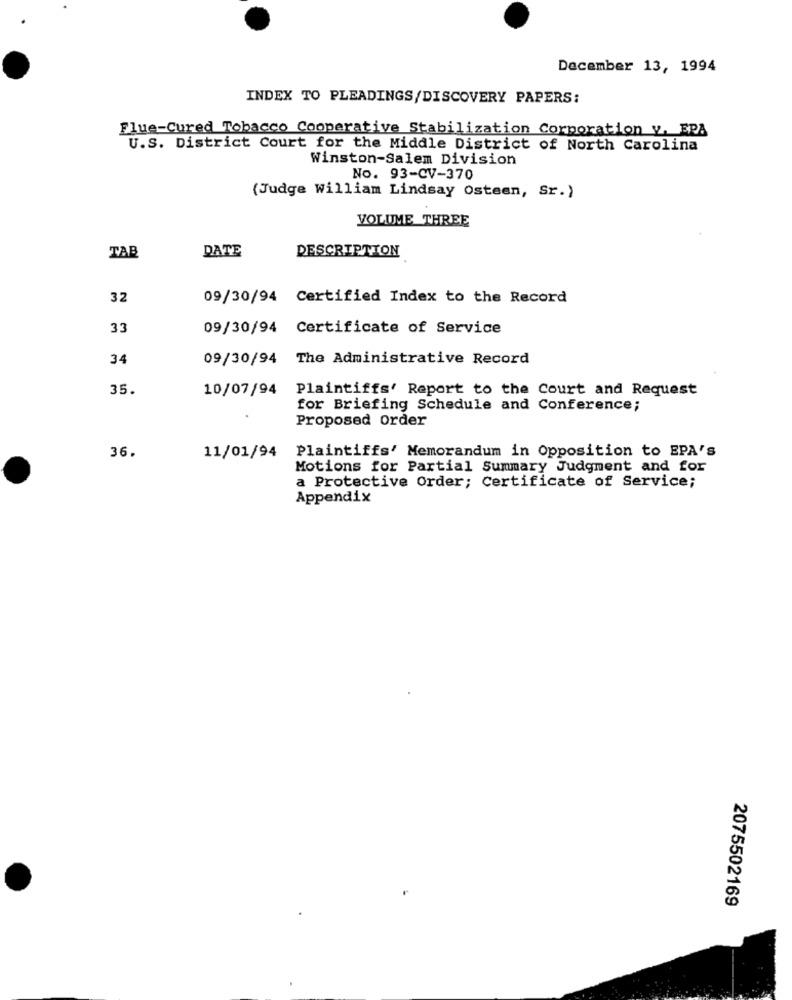
December 13, 1994
INDEX TO PLEADINGS/DISCOVERY PAPERS:
Flue-Cured Tobacco Cooperative Stabilization Corporation v. EPA
U.S. District Court for the Middle District of North Carolina
Winston-Salem Division
No. 93-CV-370
(Judge William Lindsay Osteen, Sr.)
VOLUME THREE
TAB
DATE
DESCRIPTION
32
09/30/94 Certified Index to the Record
33
09/30/94 Certificate of Service
34
09/30/94 The Administrative Record
35.
10/07/94
Plaintiffs' Report to the Court and Request
for Briefing Schedule and Conference;
Proposed Order
36.
Plaintiffs' Memorandum in Opposition to EPA's
11/01/94
Motions for Partial Summary Judgment and for
a Protective Order; Certificate of Service;
Appendix
2075502169